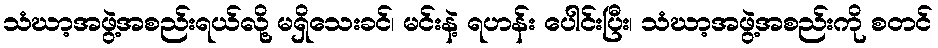
သံဃာ့အဖွဲ့အစည်းရယ်လို့ မရှိသေးခင်၊ မင်းနဲ့ ရဟန်း ပေါင်းပြီး၊ သံဃာ့အဖွဲ့အစည်းကို စတင်